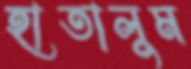
হাতালুম